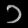
Digit: ၁